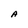
Character: A